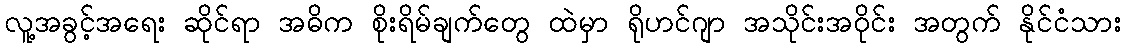
လူ့အခွင့်အရေး ဆိုင်ရာ အဓိက စိုးရိမ်ချက်တွေ ထဲမှာ ရိုဟင်ဂျာ အသိုင်းအဝိုင်း အတွက် နိုင်ငံသား